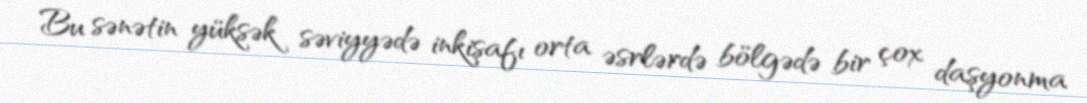
Bu sənətin yüksək səviyyədə inkişafı orta əsrlərdə bölgədə bir çox daşyonma